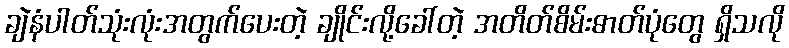
ချဲနံပါတ်သုံးလုံးအတွက်ပေးတဲ့ ချိုင်းလို့ခေါ်တဲ့ အတိတ်စိမ်းဓာတ်ပုံတွေ ရှိသလို